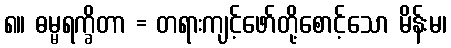
၈။ ဓမ္မရက္ခိတာ = တရားကျင့်ဖော်တို့စောင့်သော မိန်းမ၊